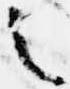
之